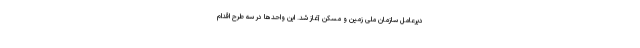
دیرعامل سازمان ملی زمین و مسکن آغاز شد. این واحدها در سه طرح اقدام